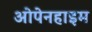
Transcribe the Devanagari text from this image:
ओपेनहाइम